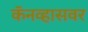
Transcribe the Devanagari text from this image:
कॅनव्हासवर